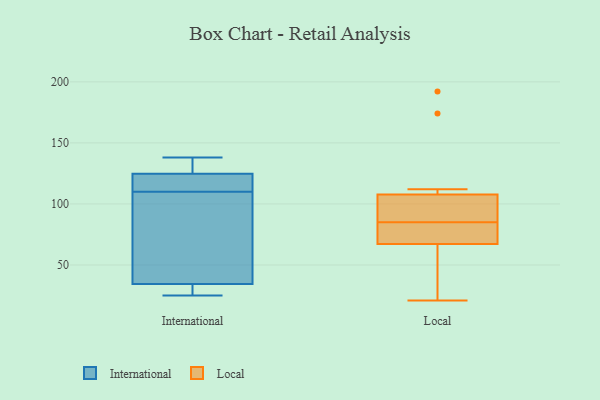
{"axis": {"x": "Conversion Rate (%)", "y": "Value"}, "legend": ["International", "Local"], "data": [{"x": "", "y": 126, "type": "International"}, {"x": "", "y": 36, "type": "International"}, {"x": "", "y": 112, "type": "International"}, {"x": "", "y": 110, "type": "International"}, {"x": "", "y": 34, "type": "International"}, {"x": "", "y": 137, "type": "International"}, {"x": "", "y": 138, "type": "International"}, {"x": "", "y": 25, "type": "International"}, {"x": "", "y": 30, "type": "International"}, {"x": "", "y": 56, "type": "International"}, {"x": "", "y": 121, "type": "International"}, {"x": "", "y": 21, "type": "Local"}, {"x": "", "y": 112, "type": "Local"}, {"x": "", "y": 74, "type": "Local"}, {"x": "", "y": 85, "type": "Local"}, {"x": "", "y": 88, "type": "Local"}, {"x": "", "y": 192, "type": "Local"}, {"x": "", "y": 95, "type": "Local"}, {"x": "", "y": 66, "type": "Local"}, {"x": "", "y": 71, "type": "Local"}, {"x": "", "y": 174, "type": "Local"}, {"x": "", "y": 30, "type": "Local"}]}